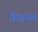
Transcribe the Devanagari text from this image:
शिवपल